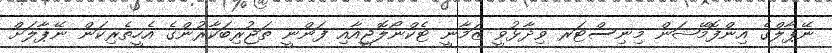
ނޭޕާލްގެ އިންފޮމޭޝަން މިނިސްޓަރ ވިދާޅުވީ ޒަމާނީ ޓެކްނޯލޮޖީއާއި ފަންނީ ތަޖުރިބަކާރުންގެ އެހީތެރިކަން ނޭޕާލަށް